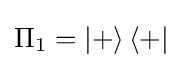
\Pi _{1}=\left\vert +\right\rangle \left\langle +\right\vert